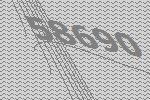
58690